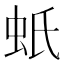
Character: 蚔